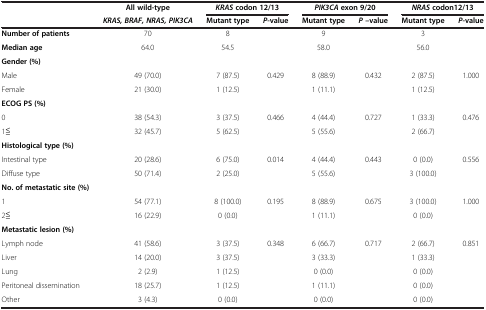
<table><thead><tr><td rowspan="2"><b> </b></td><td><b>All wild-type</b></td><td colspan="2"><b><i>KRAS </i>codon 12/13</b></td><td colspan="2"><b><i>PIK3CA </i>exon 9/20</b></td><td colspan="2"><b><i>NRAS </i>codon12/13</b></td></tr><tr><td><b><i>KRAS, BRAF, NRAS, PIK3CA</i></b></td><td><b>Mutant type</b></td><td><b><i>P</i>-value</b></td><td><b>Mutant type</b></td><td><b><i>P </i>–value</b></td><td><b>Mutant type</b></td><td><b><i>P</i>-value</b></td></tr></thead><tbody><tr><td><b>Number of patients</b></td><td>70</td><td>8</td><td> </td><td>9</td><td> </td><td>3</td><td> </td></tr><tr><td><b>Median age</b></td><td>64.0</td><td>54.5</td><td> </td><td>58.0</td><td> </td><td>56.0</td><td> </td></tr><tr><td><b>Gender (%)</b></td><td> </td><td> </td><td> </td><td> </td><td> </td><td> </td><td> </td></tr><tr><td>Male</td><td>49 (70.0)</td><td>7 (87.5)</td><td>0.429</td><td>8 (88.9)</td><td>0.432</td><td>2 (87.5)</td><td>1.000</td></tr><tr><td>Female</td><td>21 (30.0)</td><td>1 (12.5)</td><td> </td><td>1 (11.1)</td><td> </td><td>1 (12.5)</td><td> </td></tr><tr><td><b>ECOG PS (%)</b></td><td> </td><td> </td><td> </td><td> </td><td> </td><td> </td><td> </td></tr><tr><td>0</td><td>38 (54.3)</td><td>3 (37.5)</td><td>0.466</td><td>4 (44.4)</td><td>0.727</td><td>1 (33.3)</td><td>0.476</td></tr><tr><td>1≦</td><td>32 (45.7)</td><td>5 (62.5)</td><td> </td><td>5 (55.6)</td><td> </td><td>2 (66.7)</td><td> </td></tr><tr><td><b>Histological type (%)</b></td><td> </td><td> </td><td> </td><td> </td><td> </td><td> </td><td> </td></tr><tr><td>Intestinal type</td><td>20 (28.6)</td><td>6 (75.0)</td><td>0.014</td><td>4 (44.4)</td><td>0.443</td><td>0 (0.0)</td><td>0.556</td></tr><tr><td>Diffuse type</td><td>50 (71.4)</td><td>2 (25.0)</td><td> </td><td>5 (55.6)</td><td> </td><td>3 (100.0)</td><td> </td></tr><tr><td><b>No. of metastatic site (%)</b></td><td> </td><td> </td><td> </td><td> </td><td> </td><td> </td><td> </td></tr><tr><td>1</td><td>54 (77.1)</td><td>8 (100.0)</td><td>0.195</td><td>8 (88.9)</td><td>0.675</td><td>3 (100.0)</td><td>1.000</td></tr><tr><td>2≦</td><td>16 (22.9)</td><td>0 (0.0)</td><td> </td><td>1 (11.1)</td><td> </td><td>0 (0.0)</td><td> </td></tr><tr><td><b>Metastatic lesion (%)</b></td><td> </td><td> </td><td> </td><td> </td><td> </td><td> </td><td> </td></tr><tr><td>Lymph node</td><td>41 (58.6)</td><td>3 (37.5)</td><td>0.348</td><td>6 (66.7)</td><td>0.717</td><td>2 (66.7)</td><td>0.851</td></tr><tr><td>Liver</td><td>14 (20.0)</td><td>3 (37.5)</td><td> </td><td>3 (33.3)</td><td> </td><td>1 (33.3)</td><td> </td></tr><tr><td>Lung</td><td>2 (2.9)</td><td>1 (12.5)</td><td> </td><td>0 (0.0)</td><td> </td><td>0 (0.0)</td><td> </td></tr><tr><td>Peritoneal dissemination</td><td>18 (25.7)</td><td>1 (12.5)</td><td> </td><td>1 (11.1)</td><td> </td><td>0 (0.0)</td><td> </td></tr><tr><td>Other</td><td>3 (4.3)</td><td>0 (0.0)</td><td> </td><td>0 (0.0)</td><td> </td><td>0 (0.0)</td><td> </td></tr></tbody></table>